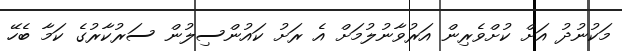
މަކުނުދު އަށް ކުށްވެރިން އަރުވާނުލުމަށް އެ ރަށު ކައުންސިލުން ސަރުކާރުގެ ކަމާ ބެހޭ